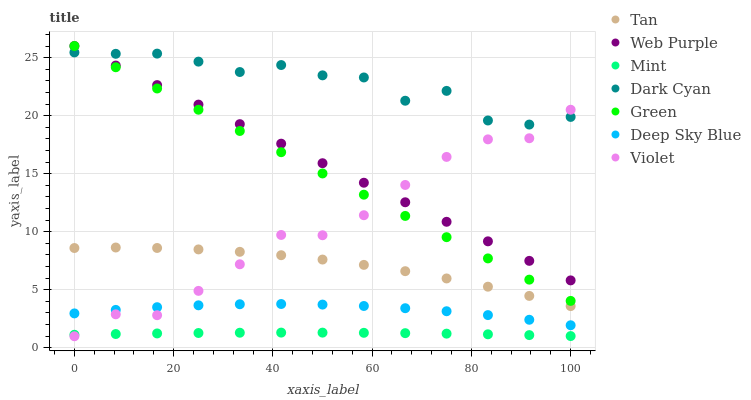
| xaxis_label | Tan | Web Purple | Mint | Dark Cyan | Green | Deep Sky Blue | Violet |
 | --- | --- | --- | --- | --- | --- | --- | --- |
 | 0 | 8.59 | 26 | 1.12 | 25.4 | 26 | 2.96 | 0.993 |
 | 8.33 | 8.64 | 24.3 | 1.18 | 25.3 | 24.2 | 3.26 | 2.88 |
 | 16.7 | 8.6 | 22.6 | 1.24 | 25.3 | 22.3 | 3.5 | 2.81 |
 | 25 | 8.47 | 21 | 1.27 | 24.7 | 20.5 | 3.66 | 4.9 |
 | 33.3 | 8.27 | 19.3 | 1.3 | 23.8 | 18.7 | 3.75 | 7.19 |
 | 41.7 | 7.98 | 17.6 | 1.31 | 24.4 | 16.8 | 3.77 | 9.72 |
 | 50 | 7.6 | 15.9 | 1.3 | 23.5 | 15 | 3.72 | 9.69 |
 | 58.3 | 7.14 | 14.2 | 1.29 | 23.3 | 13.2 | 3.6 | 11.4 |
 | 66.7 | 6.6 | 12.5 | 1.26 | 21.3 | 11.4 | 3.41 | 14 |
 | 75 | 5.97 | 10.9 | 1.22 | 22.1 | 9.53 | 3.15 | 16.4 |
 | 83.3 | 5.26 | 9.17 | 1.16 | 19.6 | 7.7 | 2.82 | 18 |
 | 91.7 | 4.47 | 7.49 | 1.09 | 19.2 | 5.87 | 2.41 | 18.1 |
 | 100 | 3.59 | 5.81 | 1.01 | 19.9 | 4.04 | 1.94 | 20.5 |